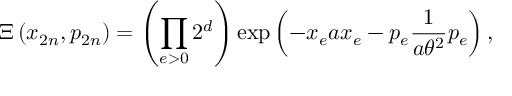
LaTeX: \Xi \left( x _ { 2 n } , p _ { 2 n } \right) = \left( \prod _ { e > 0 } 2 ^ { d } \right) \exp \left( - x _ { e } a x _ { e } - p _ { e } \frac { 1 } { a \theta ^ { 2 } } p _ { e } \right) ,